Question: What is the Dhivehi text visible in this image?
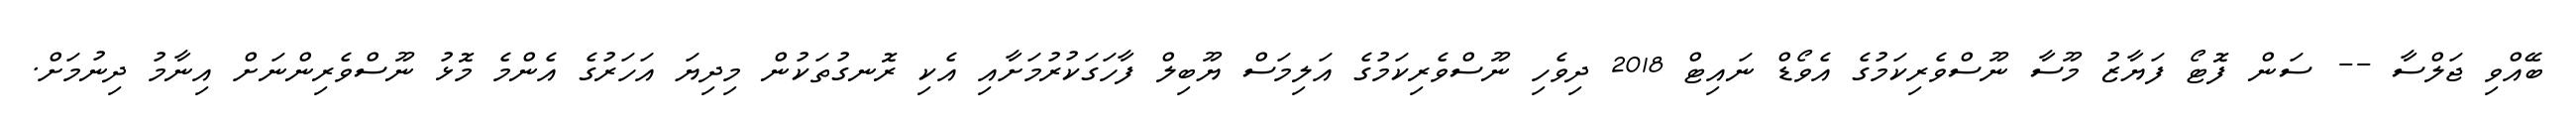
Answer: ބޭއްވި ޖަލްސާ -- ސަން ފޮޓޯ ފަޔާޒު މޫސާ ނޫސްވެރިކަމުގެ އެވޯޑް ނައިޓް 2018 ދިވެހި ނޫސްވެރިކަމުގެ އަލިމަސް ޔޫބިލް ފާހަގަކުރުމަށާއި އެކި ރޮނގުތަކުން މިދިޔަ އަހަރުގެ އެންމެ މޮޅު ނޫސްވެރިންނަށް އިނާމު ދިނުމަށް.